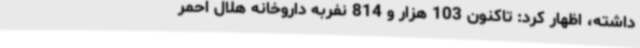
داشته، اظهار کرد: تاکنون 103 هزار و 814 نفربه داروخانه هلال احمر